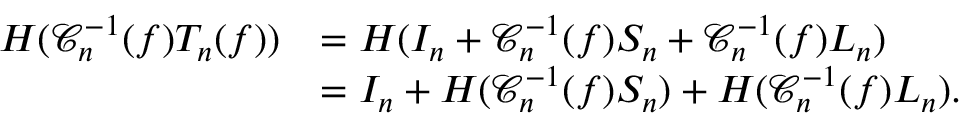
\begin{array} { r l } { H ( \mathcal { C } _ { n } ^ { - 1 } ( f ) T _ { n } ( f ) ) } & { = H ( I _ { n } + \mathcal { C } _ { n } ^ { - 1 } ( f ) S _ { n } + \mathcal { C } _ { n } ^ { - 1 } ( f ) L _ { n } ) } \\ & { = I _ { n } + H ( \mathcal { C } _ { n } ^ { - 1 } ( f ) S _ { n } ) + H ( \mathcal { C } _ { n } ^ { - 1 } ( f ) L _ { n } ) . } \end{array}